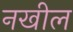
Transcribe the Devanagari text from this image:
नखील